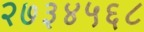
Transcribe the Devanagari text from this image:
२७३४५६८